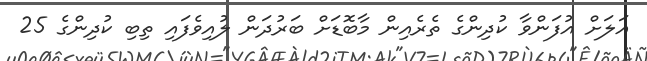
އަލަށް އުފަންވާ ކުދިންގެ ތެރެއިން މާބޮޑަށް ބަރުދަން ލުއިވެފައި ތިބި ކުދިންގެ 25